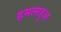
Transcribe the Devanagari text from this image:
हमलाहुआ